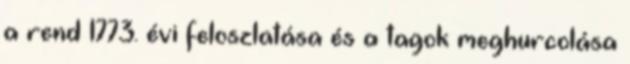
a rend 1773. évi feloszlatása és a tagok meghurcolása